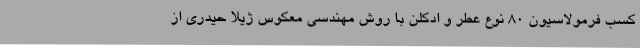
کسب فرمولاسیون 80 نوع عطر و ادکلن با روش مهندسی معکوس ژیلا حیدری از